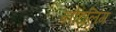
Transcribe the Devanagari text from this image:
नोटलिंग